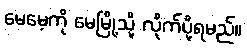
မေမေ့ကို မေမြို့သို့ လိုက်ပို့ရမည်။